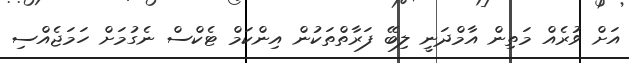
އަށް ވުރެއް މަތިން އާމްދަނީ ލިބޭ ފަރާތްތަކުން އިންކަމް ޓެކްސް ނެގުމަށް ހަމަޖެއްސި